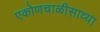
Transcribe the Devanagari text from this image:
एकोणचाळीसाव्या